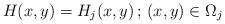
LaTeX: \begin{align*}H(x,y)=H_j(x,y) \, ; \, (x,y)\in \Omega_j\end{align*}